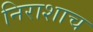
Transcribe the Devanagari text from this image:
निराशाच